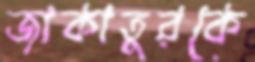
জাকাতুরকে